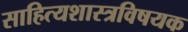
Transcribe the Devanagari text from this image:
साहित्यशास्त्रविषयक